画像に写った文字を読んでください
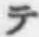
「テ」と書いてあります